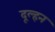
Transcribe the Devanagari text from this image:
दूल्हन